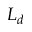
L _ { d }